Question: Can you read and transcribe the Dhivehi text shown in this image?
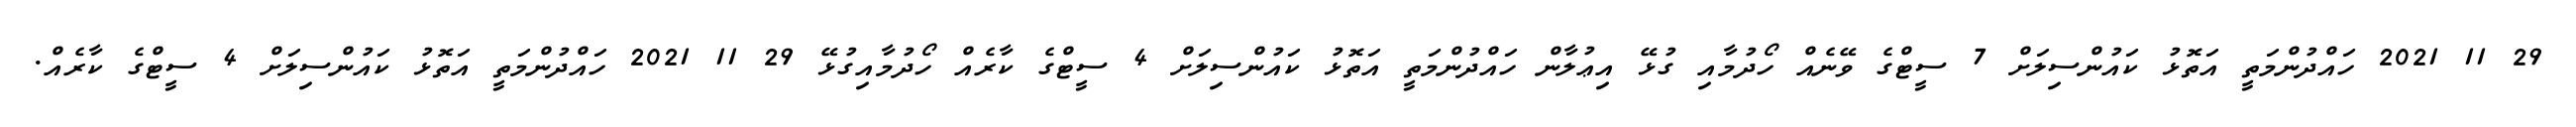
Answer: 29 11 2021 ހައްދުންމަތީ އަތޮޅު ކައުންސިލަށް 7 ސީޓްގެ ވޭނެއް ހޯދުމާއި ގުޅޭ އިޢުލާން ހައްދުންމަތީ އަތޮޅު ކައުންސިލަށް 4 ސީޓްގެ ކާރެއް ހޯދުމާއިގުޅޭ 29 11 2021 ހައްދުންމަތީ އަތޮޅު ކައުންސިލަށް 4 ސީޓްގެ ކާރެއް.